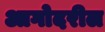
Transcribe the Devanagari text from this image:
आगोदरील